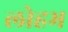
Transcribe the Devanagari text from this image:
लोहभ